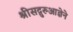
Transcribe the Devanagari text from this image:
श्रीसद्गुरुआज्ञेने